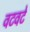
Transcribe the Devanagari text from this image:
वटवटे